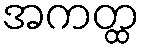
အကတ္ထ